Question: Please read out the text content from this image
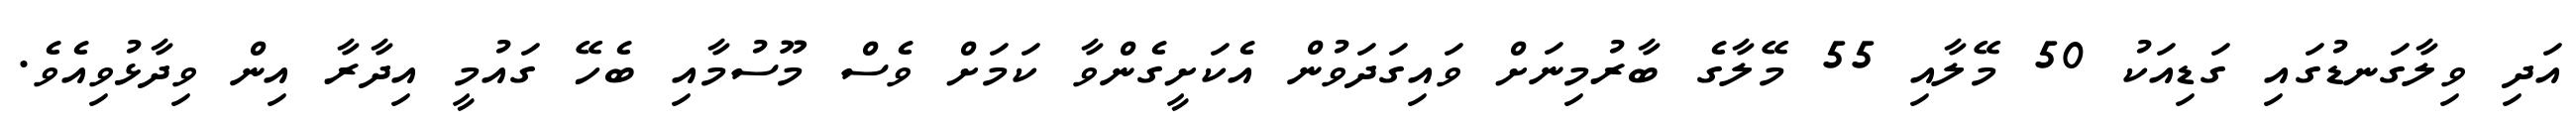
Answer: އަދި ވިލާގަނޑުގައި ގަޑިއަކު 50 މޭލާއި 55 މޭލާގެ ބާރުމިނަށް ވައިގަދަވުން އެކަށީގެންވާ ކަމަށް ވެސް މޫސުމާއި ބެހޭ ގައުމީ އިދާރާ އިން ވިދާޅުވިއެވެ.